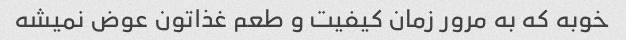
خوبه که به مرور زمان کیفیت و طعم غذاتون عوض نمیشه